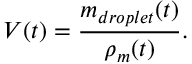
V ( t ) = { \frac { m _ { d r o p l e t } ( t ) } { \rho _ { m } ( t ) } } .